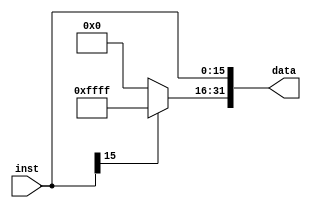
`timescale 1ns / 1ps
//////////////////////////////////////////////////////////////////////////////////
// Company: 
// Engineer: 
// 
// Design Name: 
// Module Name: sign
// Project Name: 
// Target Devices: 
// Tool Versions: 
// Description: 
// 
// Dependencies: 
// 
// Revision:
// Revision 0.01 - File Created
// Additional Comments:
// 
//////////////////////////////////////////////////////////////////////////////////


module sign(
    input [15:0]inst,
    output reg [31:0] data
    );
    
    always @ (inst)
    begin
    if (inst[15])
    data[31:16]=16'b1111111111111111;
    else 
    data[31:16]=16'b0000000000000000;
    
    data[15:0]=inst;
    end
    
    
    
endmodule